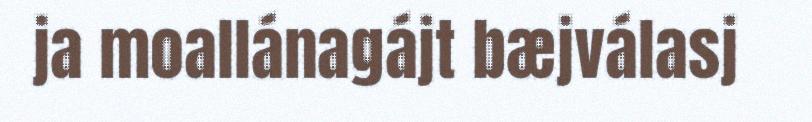
ja moallánagájt bæjválasj